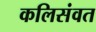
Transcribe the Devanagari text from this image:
कलिसंवत